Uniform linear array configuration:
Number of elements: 16
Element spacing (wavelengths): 0.5
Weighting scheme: exponential
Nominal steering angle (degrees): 30
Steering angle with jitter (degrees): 28.524
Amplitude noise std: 0.05
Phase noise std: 0.05

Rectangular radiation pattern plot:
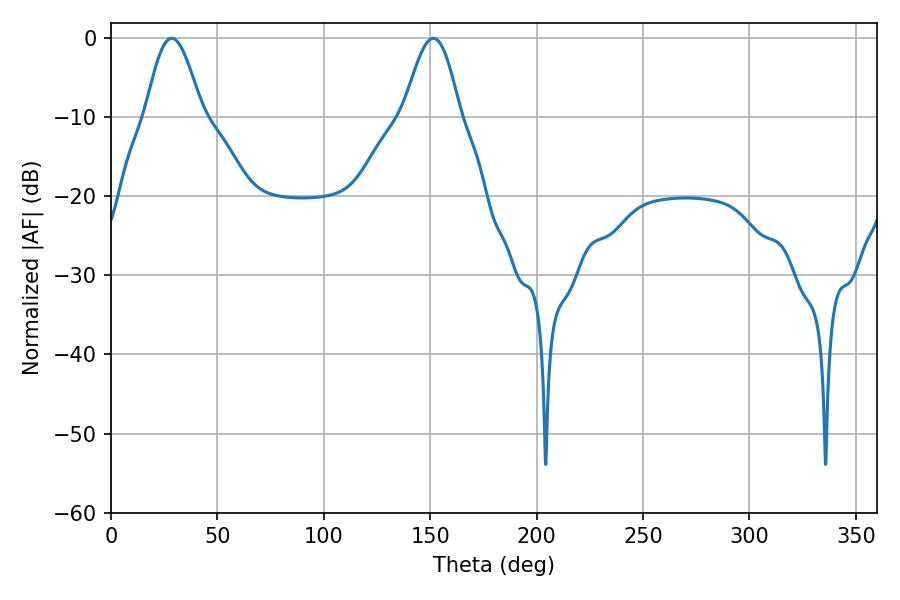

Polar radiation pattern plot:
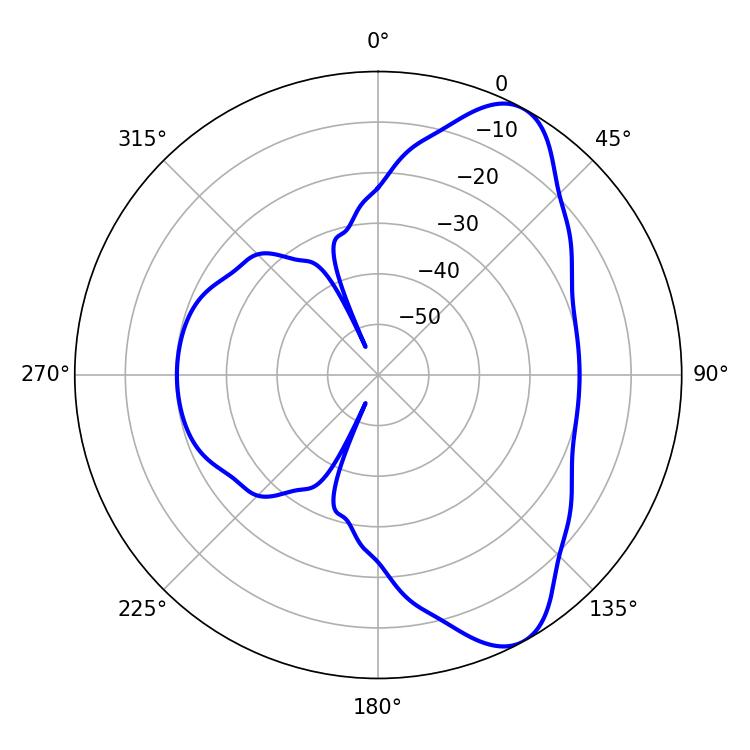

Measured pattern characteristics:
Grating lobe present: FALSE
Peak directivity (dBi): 8.31
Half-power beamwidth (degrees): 14.22
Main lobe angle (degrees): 28.62